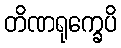
တိဏရုက္ခေပိ